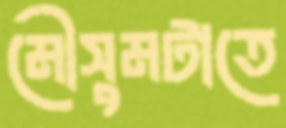
মৌসুমটাতে